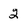
Character: 2